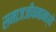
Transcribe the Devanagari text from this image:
समाजजीवनामध्ये